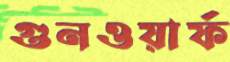
গুনওয়ার্ফ